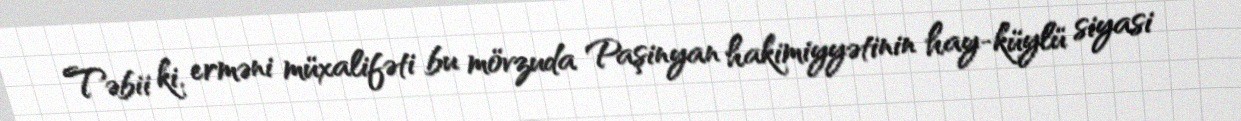
Təbii ki, erməni müxalifəti bu mövzuda Paşinyan hakimiyyətinin hay-küylü siyasi